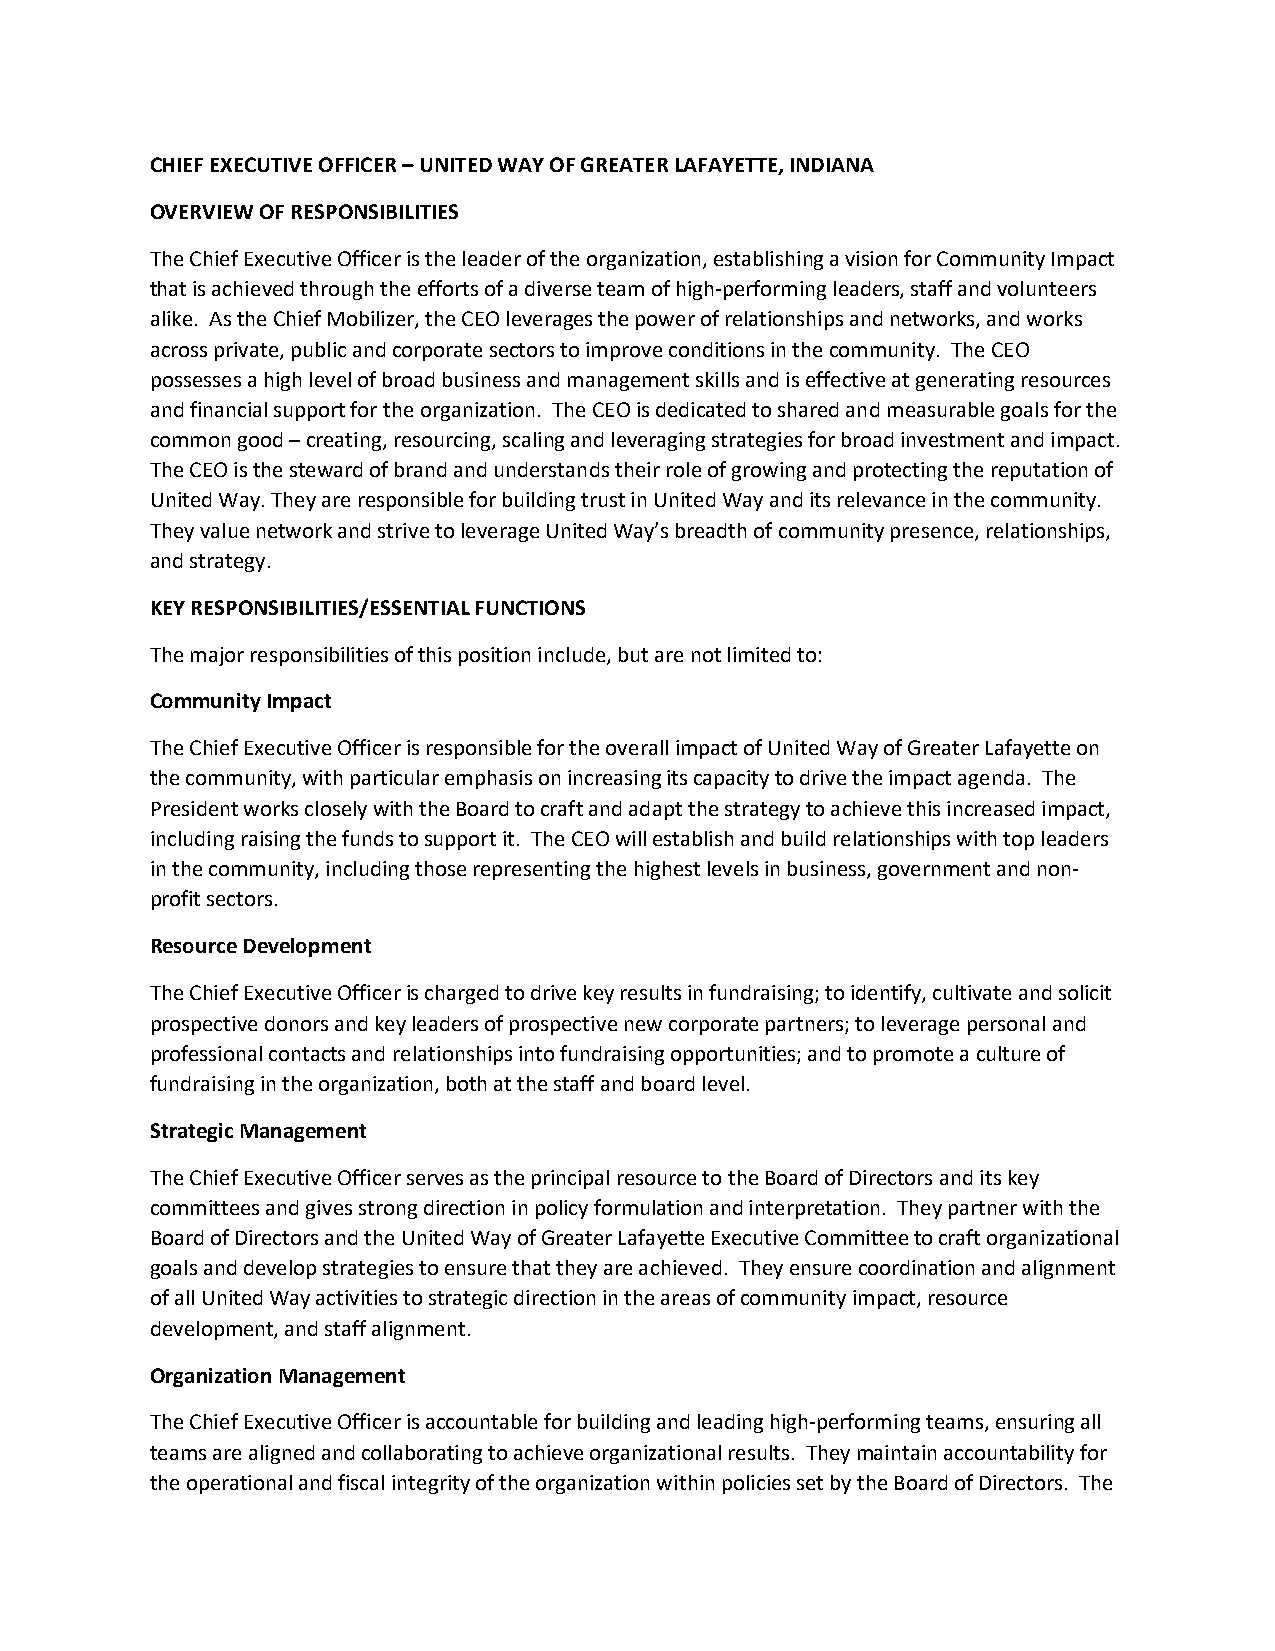
CHIEF EXECUTIVE OFFICER – UNITED WAY OF GREATER LAFAYETTE, INDIANA
 OVERVIEW OF RESPONSIBILITIES
 The Chief Executive Officer is the leader of the organization, establishing a vision for Community Impact
 that is achieved through the efforts of a diverse team of high-performing leaders, staff and volunteers
 alike. As the Chief Mobilizer, the CEO leverages the power of relationships and networks, and works
 across private, public and corporate sectors to improve conditions in the community. The CEO
 possesses a high level of broad business and management skills and is effective at generating resources
 and financial support for the organization. The CEO is dedicated to shared and measurable goals for the
 common good – creating, resourcing, scaling and leveraging strategies for broad investment and impact.
 The CEO is the steward of brand and understands their role of growing and protecting the reputation of
 United Way. They are responsible for building trust in United Way and its relevance in the community.
 They value network and strive to leverage United Way’s breadth of community presence, relationships,
 and strategy.
 KEY RESPONSIBILITIES/ESSENTIAL FUNCTIONS
 The major responsibilities of this position include, but are not limited to:
 Community Impact
 The Chief Executive Officer is responsible for the overall impact of United Way of Greater Lafayette on
 the community, with particular emphasis on increasing its capacity to drive the impact agenda. The
 President works closely with the Board to craft and adapt the strategy to achieve this increased impact,
 including raising the funds to support it. The CEO will establish and build relationships with top leaders
 in the community, including those representing the highest levels in business, government and non-
 profit sectors.
 Resource Development
 The Chief Executive Officer is charged to drive key results in fundraising; to identify, cultivate and solicit
 prospective donors and key leaders of prospective new corporate partners; to leverage personal and
 professional contacts and relationships into fundraising opportunities; and to promote a culture of
 fundraising in the organization, both at the staff and board level.
 Strategic Management
 The Chief Executive Officer serves as the principal resource to the Board of Directors and its key
 committees and gives strong direction in policy formulation and interpretation. They partner with the
 Board of Directors and the United Way of Greater Lafayette Executive Committee to craft organizational
 goals and develop strategies to ensure that they are achieved. They ensure coordination and alignment
 of all United Way activities to strategic direction in the areas of community impact, resource
 development, and staff alignment.
 Organization Management
 The Chief Executive Officer is accountable for building and leading high-performing teams, ensuring all
 teams are aligned and collaborating to achieve organizational results. They maintain accountability for
 the operational and fiscal integrity of the organization within policies set by the Board of Directors. The